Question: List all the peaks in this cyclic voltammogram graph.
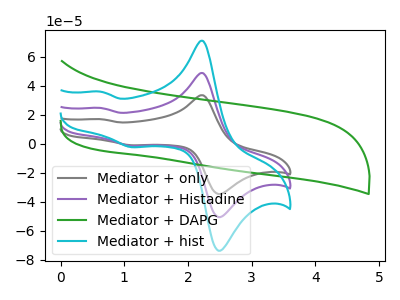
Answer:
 <answer>The gray curve "Mediator + only" has anodic peaks at (2.25V, 33.35uA) (0.65V, 16.85uA) and cathodic peaks at (2.55V, -34.35uA) (1.10V, -1.15uA). The purple curve "Mediator + Histadine" has anodic peaks at (2.25V, 48.55uA) (0.65V, 24.55uA) and cathodic peaks at (2.55V, -50.05uA) (1.10V, -1.70uA). The green curve "Mediator + DAPG" has no peaks. The cyan curve "Mediator + hist" has anodic peaks at (2.25V, 97.15uA) (0.65V, 49.15uA) and cathodic peaks at (2.55V, -100.10uA) (1.10V, -3.40uA).</answer>
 <eval></eval>